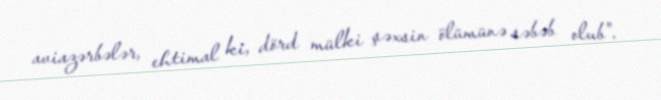
aviazərbələr, ehtimal ki, dörd mülki şəxsin ölümünə səbəb olub".